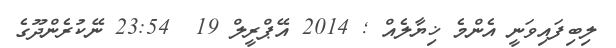
ލިބިފައިވަނީ އެންމެ ޚިޔާލެއް ; 2014 އޭޕްރީލް 19  23:54 ނޭކުރެންދޫގެ